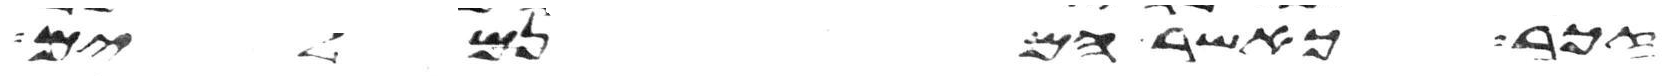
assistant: זכר כאשר הם נמלים